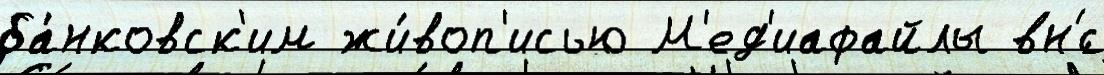
ба́нковск'им жи́воп'исью М'ед'иафайлы вн'́с